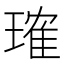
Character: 𬎂